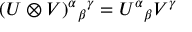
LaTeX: ( U \otimes V ) ^ { \alpha } { } _ { \beta } { } ^ { \gamma } = U ^ { \alpha } { } _ { \beta } V ^ { \gamma }